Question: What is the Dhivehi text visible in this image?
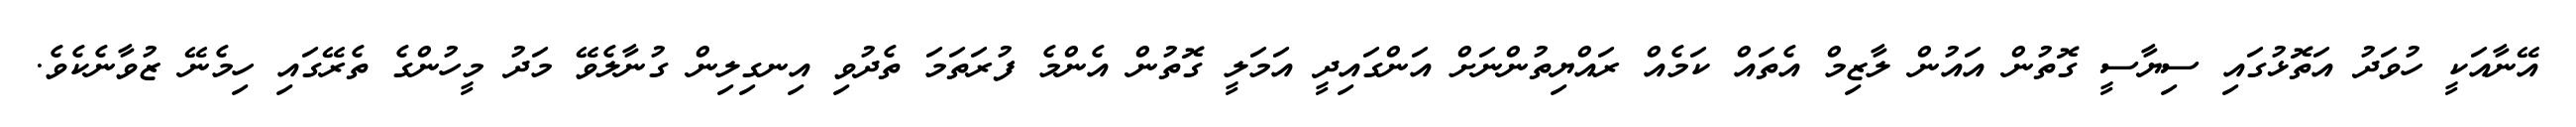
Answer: އޭނާއަކީ ހުވަދު އަތޮޅުގައި ސިޔާސީ ގޮތުން އައުން ލާޒިމް އެތައް ކަމެއް ރައްޔިތުންނަށް އަންގައިދީ އަމަލީ ގޮތުން އެންމެ ފުރަތަމަ ތެދުވި އިނގިލިން ގުނާލެވޭ މަދު މީހުންގެ ތެރޭގައި ހިމެނޭ ޒުވާނެކެވެ.